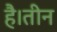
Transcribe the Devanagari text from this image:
है।तीन